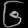
Digit: ၆